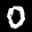
Label: 0